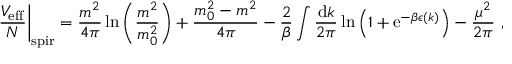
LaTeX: \left. \frac { { \cal V } _ { \mathrm { e f f } } } { N } \right| _ { \mathrm { s p i r } } = \frac { m ^ { 2 } } { 4 \pi } \ln \left( \frac { m ^ { 2 } } { m _ { 0 } ^ { 2 } } \right) + \frac { m _ { 0 } ^ { 2 } - m ^ { 2 } } { 4 \pi } - \frac { 2 } { \beta } \int \frac { \mathrm { d } k } { 2 \pi } \ln \left( 1 + \mathrm { e } ^ { - \beta \epsilon ( k ) } \right) - \frac { \mu ^ { 2 } } { 2 \pi } \ ,